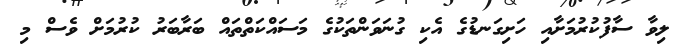
ލިވާ ސާފުކުރުމަށާއި ހަށިގަނޑުގެ އެކި ގުނަވަންތަކުގެ މަސައްކަތްތައް ބަރާބަރު ކުރުމަށް ވެސް މި